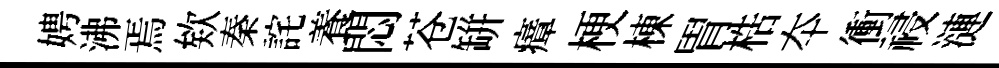
娉沸焉欸秦詫養悶苍缾瘴梗棟胃梏夲衝祲漣